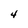
Character: 4